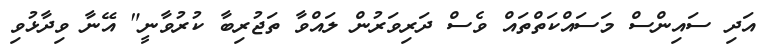
އަދި ސައިންސް މަސައްކަތްތައް ވެސް ދަރިވަރުން ލައްވާ ތަޖުރިބާ ކުރުވާނީ" އޭނާ ވިދާޅުވި